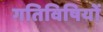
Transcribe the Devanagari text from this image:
गतिविषियों